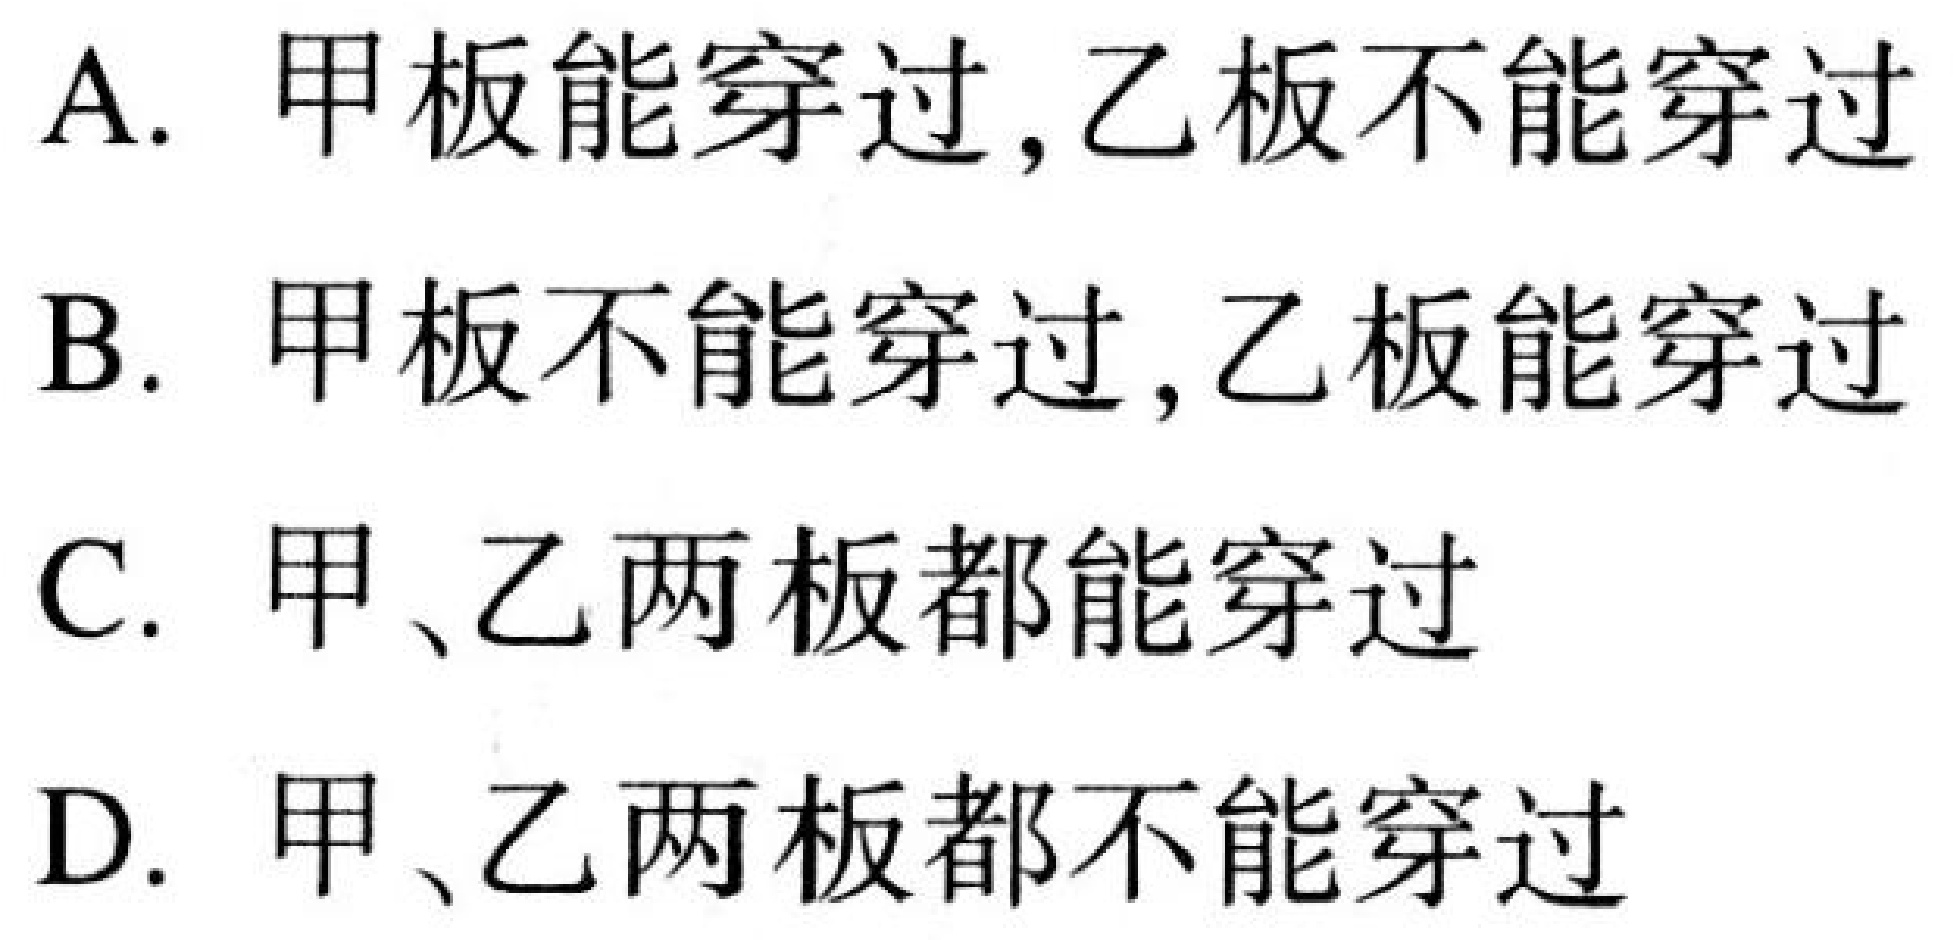
A. 甲板能穿过,乙板不能穿过
B. 甲板不能穿过,乙板能穿过
C. 甲、乙两板都能穿过
D. 甲、乙两板都不能穿过